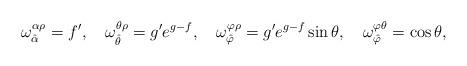
LaTeX: \begin{align*}\omega_{\hat{\alpha}}^{\alpha\rho}= f', \quad \omega_{\hat{\theta}}^{\theta\rho}=g'e^{g-f}, \quad \omega_{\hat{\varphi}}^{\varphi\rho}=g'e^{g-f}\sin\theta, \quad \omega_{\hat{\varphi}}^{\varphi\theta}=\cos\theta,\end{align*}